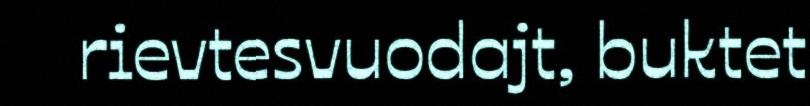
rievtesvuodajt, buktet